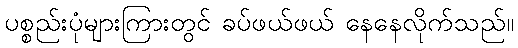
ပစ္စည်းပုံများကြားတွင် ခပ်ဖယ်ဖယ် နေနေလိုက်သည်။